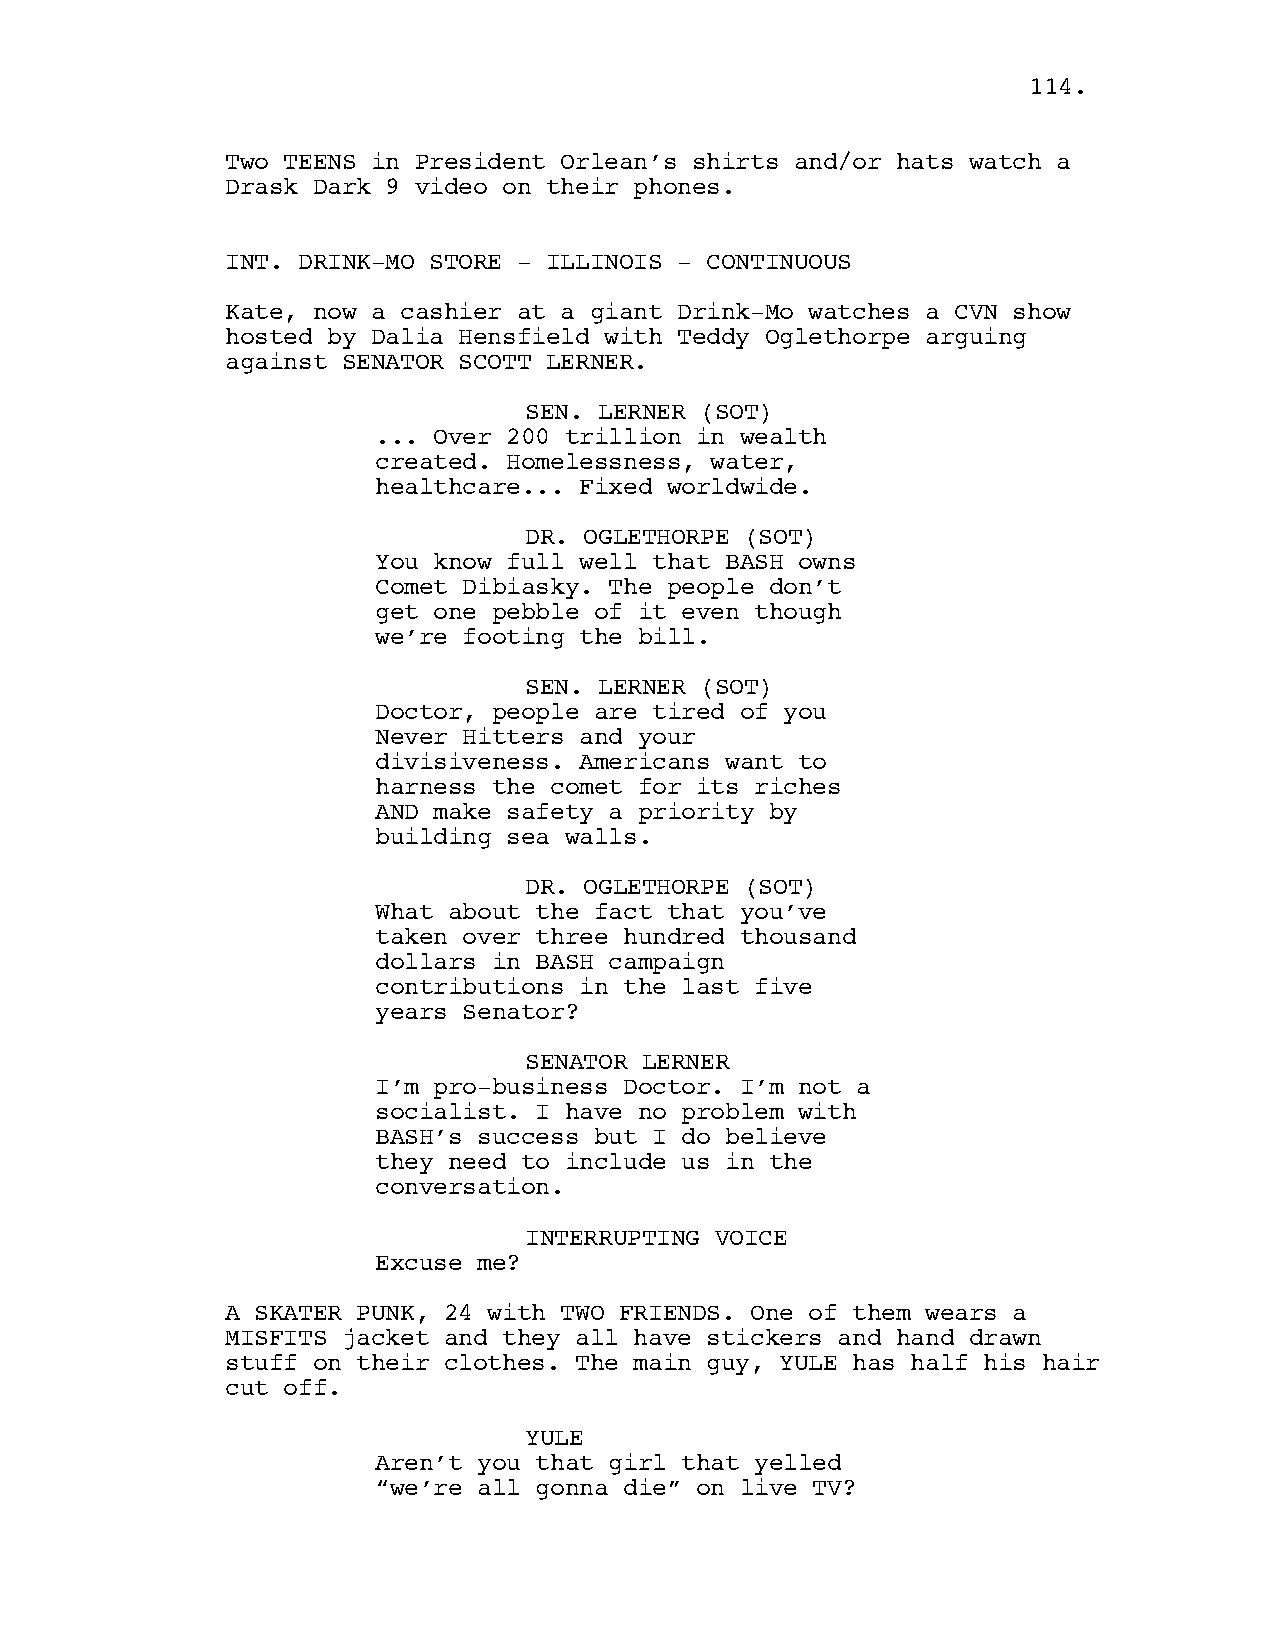
111144..
 Two TEENS in President Orlean’s shirts and/or hats watch a
 Drask Dark 9 video on their phones.
 INT. DRINK-MO STORE - ILLINOIS - CONTINUOUS
 Kate, now a cashier at a giant Drink-Mo watches a CVN show
 hosted by Dalia Hensfield with Teddy Oglethorpe arguing
 against SENATOR SCOTT LERNER.
 SEN. LERNER (SOT)
 ... Over 200 trillion in wealth
 created. Homelessness, water,
 healthcare... Fixed worldwide.
 DR. OGLETHORPE (SOT)
 You know full well that BASH owns
 Comet Dibiasky. The people don’t
 get one pebble of it even though
 we’re footing the bill.
 SEN. LERNER (SOT)
 Doctor, people are tired of you
 Never Hitters and your
 divisiveness. Americans want to
 harness the comet for its riches
 AND make safety a priority by
 building sea walls.
 DR. OGLETHORPE (SOT)
 What about the fact that you’ve
 taken over three hundred thousand
 dollars in BASH campaign
 contributions in the last five
 years Senator?
 SENATOR LERNER
 I’m pro-business Doctor. I’m not a
 socialist. I have no problem with
 BASH’s success but I do believe
 they need to include us in the
 conversation.
 INTERRUPTING VOICE
 Excuse me?
 A SKATER PUNK, 24 with TWO FRIENDS. One of them wears a
 MISFITS jacket and they all have stickers and hand drawn
 stuff on their clothes. The main guy, YULE has half his hair
 cut off.
 YULE
 Aren’t you that girl that yelled
 “we’re all gonna die” on live TV?